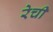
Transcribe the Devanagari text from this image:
रेची